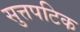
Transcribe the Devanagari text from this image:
सुत्तपटिक